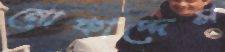
মোকাদ্দেস